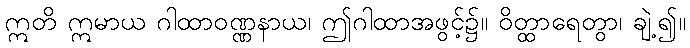
ဣတိ ဣမာယ ဂါထာဝဏ္ဏနာယ၊ ဤဂါထာအဖွင့်၌။ ဝိတ္ထာရေတွာ၊ ချဲ့၍။